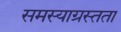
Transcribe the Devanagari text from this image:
समस्याग्रस्तता